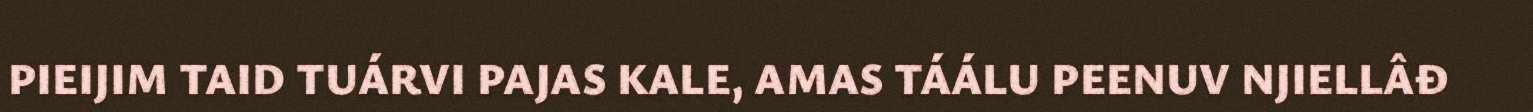
PIEIJIM TAID TUÁRVI PAJAS KALE, AMAS TÁÁLU PEENUV NJIELLÂĐ